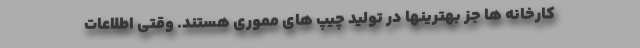
کارخانه ها جز بهترینها در تولید چیپ های مموری هستند. وقتی اطلاعات